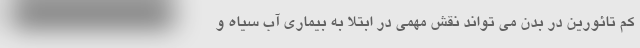
کم تائورین در بدن می تواند نقش مهمی در ابتلا به بیماری آب سیاه و